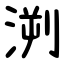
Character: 㴊